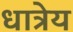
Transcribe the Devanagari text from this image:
धात्रेय